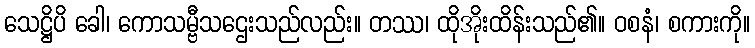
သေဋ္ဌိပိ ခေါ၊ ကောသမ္ဗီသဌေးသည်လည်း။ တဿ၊ ထိုအိုးထိန်းသည်၏။ ဝစနံ၊ စကားကို။